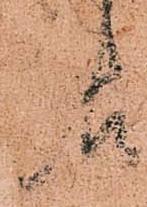
報